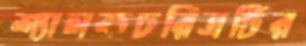
শ্যালকচরিত্রটির